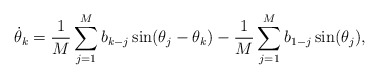
\begin{align*}\dot\theta_k = \frac 1M \sum_{j=1}^M b_{k-j} \sin(\theta_j-\theta_k)-\frac 1M \sum_{j=1}^M b_{1-j} \sin(\theta_j),\end{align*}